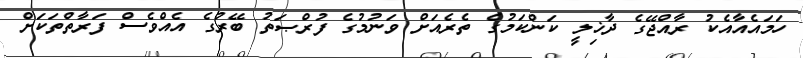
ހަމައެއާއެކު ރާއްޖޭގެ ދާޚިލީ ކަންކަމުގެ ތެރެއަށް ވަނުމުގެ ފުރްޞަތު ބޭރުގެ އެއްވެސް ފަރާތްތަކަށް